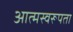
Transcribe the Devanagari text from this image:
आत्मस्वरूपता